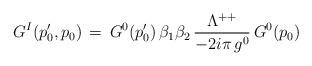
LaTeX: \begin{align*}G^I(p'_0,p_0)\,=\,G^0(p'_0)\,\beta_1\beta_2\,{\Lambda^{++}\over-2i\pi\,g^0}\,G^0(p_0)\end{align*}